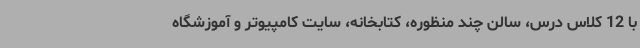
با 12 کلاس درس، سالن چند منظوره، کتابخانه، سایت کامپیوتر و آموزشگاه